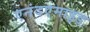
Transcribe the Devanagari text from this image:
एनंदएमाइड